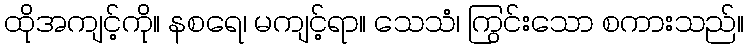
ထိုအကျင့်ကို။ နစရေ၊ မကျင့်ရာ။ သေသံ၊ ကြွင်းသော စကားသည်။